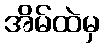
အိမ်ထဲမှ